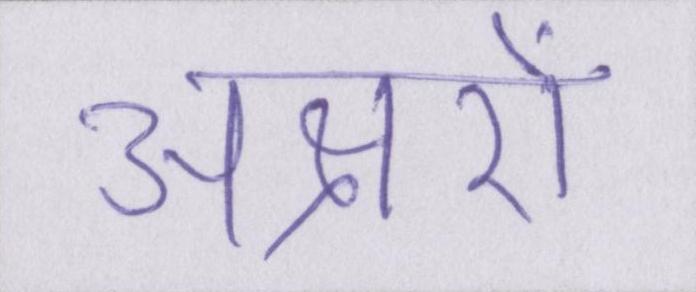
अक्षरों